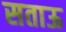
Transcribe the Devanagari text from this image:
सताऊ